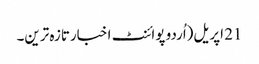
21 اپریل(اُردو پوائنٹ اخبارتازہ ترین۔